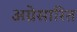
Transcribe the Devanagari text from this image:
अग्रेसारित